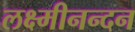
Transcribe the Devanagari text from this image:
लक्ष्मीनन्दन